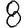
Digit: 8